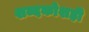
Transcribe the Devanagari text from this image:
शब्दकोशही